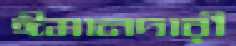
ঈমানদারী